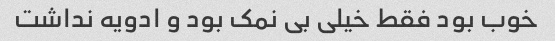
خوب بود فقط خیلی بی نمک بود و ادویه نداشت